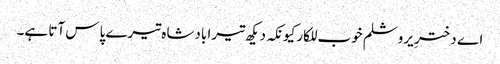
اے دخترِ یروشلم خوب للکار کیونکہ دیکھ تیرا بادشاہ تیرے پاس آتا ہے۔